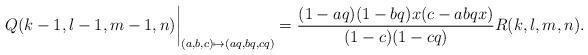
LaTeX: \begin{align*}Q (k - 1, l - 1, m - 1, n) \bigg| _{(a, b, c) \mapsto (a q, b q, c q)} = \frac{(1 - a q) (1 - b q) x (c - a b q x)}{(1 - c) (1 - c q)} R (k, l, m, n). \end{align*}